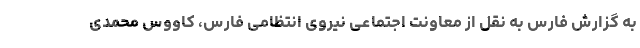
به گزارش فارس به نقل از معاونت اجتماعی نیروی انتظامی فارس، کاووس محمدی